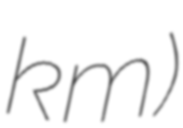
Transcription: km)